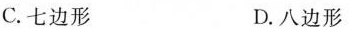
C.七边形 D.八边形